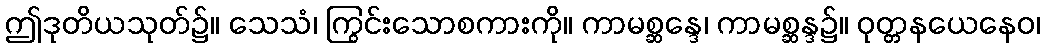
ဤဒုတိယသုတ်၌။ သေသံ၊ ကြွင်းသောစကားကို။ ကာမစ္ဆန္ဒေ၊ ကာမစ္ဆန္ဒ၌။ ဝုတ္တနယေနေဝ၊